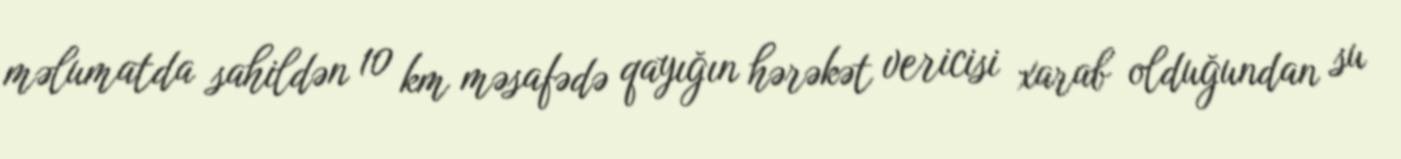
məlumatda sahildən 10 km məsafədə qayığın hərəkət vericisi xarab olduğundan su